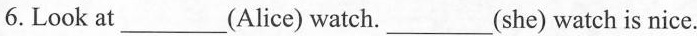
6. Look at___(Alice) watch.___(she) watch is nice.